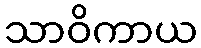
သာဝိကာယ